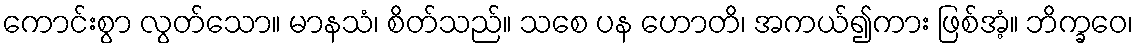
ကောင်းစွာ လွတ်သော။ မာနသံ၊ စိတ်သည်။ သစေ ပန ဟောတိ၊ အကယ်၍ကား ဖြစ်အံ့။ ဘိက္ခဝေ၊